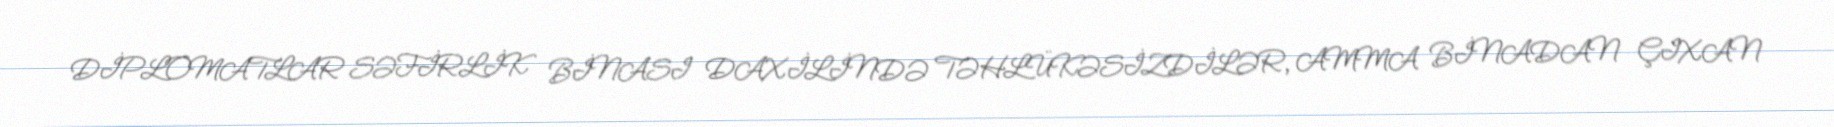
DİPLOMATLAR SƏFİRLİK BİNASI DAXİLİNDƏ TƏHLÜKƏSİZDİLƏR, AMMA BİNADAN ÇIXAN